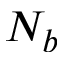
N _ { b }